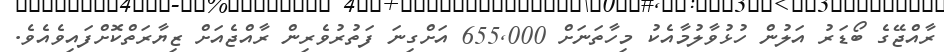
ރާއްޖޭގެ ބޯޑަރު އަލުން ހުޅުވާލުމާއެކު މިހާތަނަށް 655